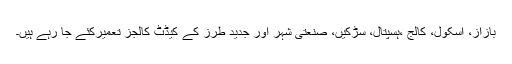
بازاز، اسکول، کالج ،ہسپتال، سڑکیں، صنعتی شہر اور جدید طرز کے کیڈٹ کالجز تعمیرکئے جا رہے ہیں۔